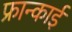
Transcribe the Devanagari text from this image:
फ्रान्काई